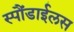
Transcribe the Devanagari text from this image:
स्पौंडाईलस